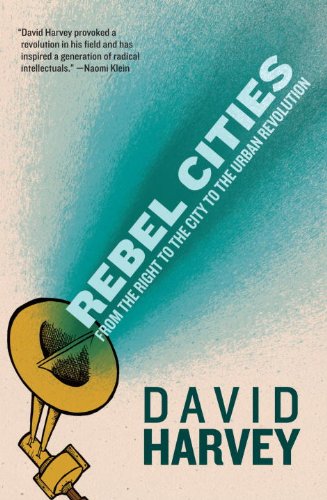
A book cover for Rebel Cities: From the Right to the City to the Urban Revolution; David Harvey; Politics & Social Sciences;